Indian journal of veterinary science and animal husbandry - Volume 6,
Year: 1936
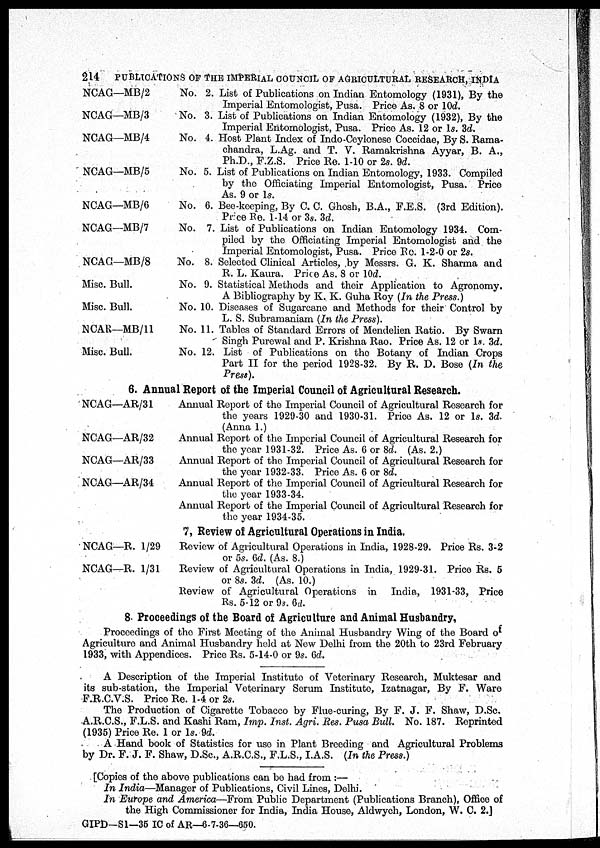
214
PUBLICATIONS OF THE IMPERIAL COUNCIL OF AGRICULTURAL RESEARCH, INDIA
NCAG—MB/2
NCAG—MB/3
NCAG—MB/4
NCAG—MB/5
NCAG—MB/6
NCAG—MB/7
NCAG—MB/8
Misc. Bull.
Misc. Bull.
NCAR—MB/11
Misc. Bull.
No. 2. List of Publications on Indian Entomology (1931), By the
Imperial Entomologist, Pusa. Price As. 8 or 10d.
No. 3. List of Publications on Indian Entomology (1932), By the
Imperial Entomologist, Pusa. Price As. 12 or 1s. 3d.
No. 4. Host Plant Index of Indo-Ceylonese Coccidae, By S. Rama-
chandra, L.Ag. and T. V. Ramakrishna Ayyar, B. A.,
Ph.D., F.Z.S. Price Re. 1-10 or 2s. 9d.
No. 5. List of Publications on Indian Entomology, 1933. Compiled
by the Officiating Imperial Entomologist, Pusa. Price
As. 9 or 1s.
No. 6. Bee-keeping, By C. C. Ghosh, B.A., F.E.S. (3rd Edition).
Price Re. 1-14 or 3s. 3d.
No. 7. List of Publications on Indian Entomology 1934. Com-
piled by the Officiating Imperial Entomologist and the
Imperial Entomologist, Pusa. Price Re. 1-2-0 or 2s.
No. 8. Selected Clinical Articles, by Messrs. G. K. Sharma and
R. L. Kaura. Price As. 8 or 10d.
No. 9. Statistical Methods and their Application to Agronomy.
A Bibliography by K. K. Guha Roy (In the Press.)
No. 10. Diseases of Sugarcane and Methods for their Control by
L. S. Subramaniam (In the Press).
No. 11. Tables of Standard Errors of Mendelien Ratio. By Swarn
Singh Purewal and P. Krishna Rao. Price As. 12 or 1s. 3d.
No. 12. List of Publications on the Botany of Indian Crops
Part II for the period 1928-32. By R. D. Bose (In the
Press).
6. Annual Report of the Imperial Council of Agricultural Research.
NCAG—AR/31
NCAG—AR/32
NCAG—AR/33
NCAG—AR/34
NCAG—R. 1/29
NCAG—R. 1/31
Annual Report of the Imperial Council of Agricultural Research for
the years 1929-30 and 1930-31. Price As. 12 or 1s. 3d.
(Anna 1.)
Annual Report of the Imperial Council of Agricultural Research for
the year 1931-32. Price As. 6 or 8d. (As. 2.)
Annual Report of the Imperial Council of Agricultural Research for
the year 1932-33. Price As. 6 or 8d.
Annual Report of the Imperial Council of Agricultural Research for
the year 1933-34.
Annual Report of the Imperial Council of Agricultural Research for
the year 1934-35.
7, Review of Agricultural Operations in India.
Review of Agricultural Operations in India, 1928-29. Price Rs. 3-2
or 5s. 6d. (As. 8.)
Review of Agricultural Operations in India, 1929-31. Price Rs. 5
or 8s. 2d. (As. 10.)
Review of Agricultural Operations in India, 1931-33, Price
Rs. 5-12 or 9s. 6d.
8. Proceedings of the Board of Agriculture and Animal Husbandry,
Proceedings of the First Meeting of the Animal Husbandry Wing of the Board of.
Agriculture and Animal Husbandry held at New Delhi from the 20th to 23rd February
1933, with Appendices. Price Rs. 5-14-0 or 9s. 6d.
A Description of the Imperial Institute of Veterinary Research, Muktesar and
its sub-station, the Imperial Veterinary Serum Institute, Izatnagar, By F. Ware
F.R.C.V.S. Price Re. 1-4 or 2s.
The Production of Cigarette Tobacco by Flue-curing, By F. J. F. Shaw, D.Sc.
A.R.C.S., F.L.S. and Kashi Ram, Imp. Inst. Agri. Res. Pusa Bull. No. 187. Reprinted
(1935) Price Re. 1 or 1s. 9d.
A Hand book of Statistics for use in Plant Breeding and Agricultural Problems
by Dr. F. J. F. Shaw, D.Sc., A.R.C.S., F.L.S., I.A.S. (In the Press.)
[Copies of the above publications can be had from :—
In India—Manager of Publications, Civil Lines, Delhi.
In Europe and America—From Public Department (Publications Branch), Office of
the High Commissioner for India, India House, Aldwych, London, W. C. 2.]
GIPD—S1—35 IC of AR—6-7-36—650.